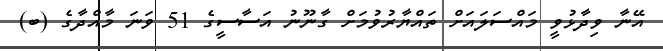
އޭނާ ވިދާޅުވީ މައްސަލައަށް ތައްޔާރުވުމަށް ގާނޫނު އަސާސީގެ 51 ވަނަ މާއްދާގެ (ބ)